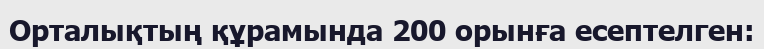
Орталықтың құрамында 200 орынға есептелген: